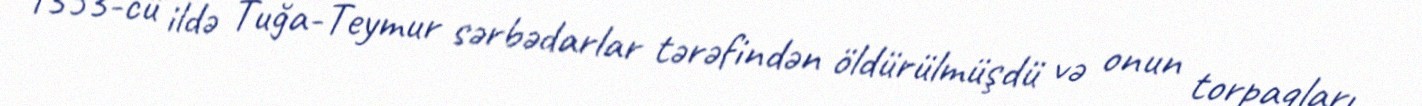
1353-cü ildə Tuğa-Teymur sərbədarlar tərəfindən öldürülmüşdü və onun torpaqları